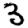
Digit: 3